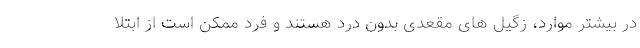
در بیشتر موارد، زگیل های مقعدی بدون درد هستند و فرد ممکن است از ابتلا